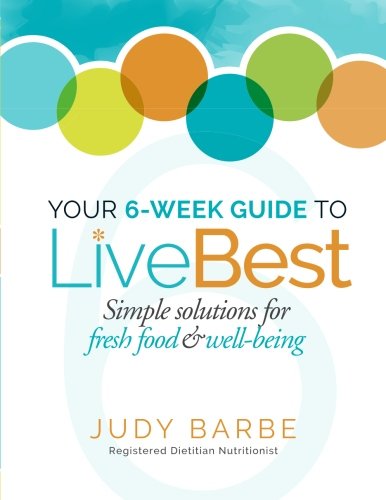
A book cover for Your 6-Week Guide to LiveBest: Simple Solutions for Fresh Food & Well-Being; Judy A Barbe; Health, Fitness & Dieting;